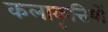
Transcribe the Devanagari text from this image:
कलाकृत्तियों